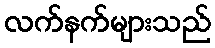
လက်နက်များသည်